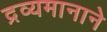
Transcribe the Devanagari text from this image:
द्रव्यमानाने